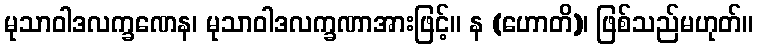
မုသာဝါဒလက္ခဏေန၊ မုသာဝါဒလက္ခဏာအားဖြင့်။ န (ဟောတိ)၊ ဖြစ်သည်မဟုတ်။